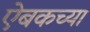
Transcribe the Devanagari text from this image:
ऐबकच्या